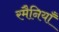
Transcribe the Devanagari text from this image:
रमैनियाँ